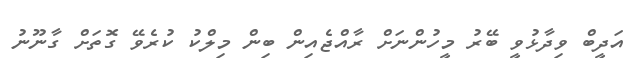
އަދީބް ވިދާޅުވީ ބޭރު މީހުންނަށް ރާއްޖެއިން ބިން މިލްކު ކުރެވޭ ގޮޮތަށް ގާނޫނު